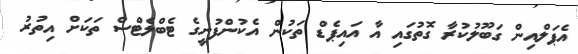
އެޕަލްއިން ގަބޫލުކުރާ ގޮތުގައި އާ އައިޕެޑް ތަކުން އެކުންފުނީގެ ޓެބްލެޓްސް ތަކަށް އިތުރު